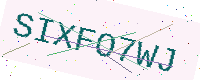
Text: SIXFO7WJ